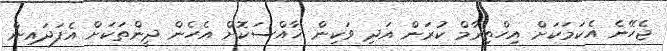
ޖެހޭނެ އެކަމަކަށް އިހްތިރާމް ކުރަން އަދި ވަކިން ޚާއްސަކޮށް އެހެން ދީންތަކަށް އެފަދައިން